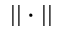
| | \cdot | |